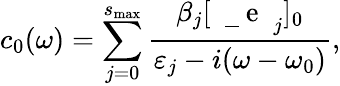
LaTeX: c_{0}(\omega)=\sum_{j=0}^{s_{\mathrm{max}}}\frac{\beta_{j}[\mathrm{~\mathbf~\underline{~}{~e~}~}_{j}]_{0}}{\varepsilon_{j}-i(\omega-\omega_{0})},